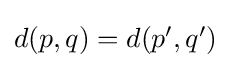
{\textstyle d(p,q)=d(p',q')}